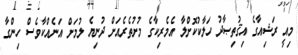
މިއީ ރަޝިއާގެ އިޤުތިޞާދު ހަލާކުކޮށްލާ އެމެރިކާގެ މުށުތެރެއަށް ދުނިޔެ ލުމަށް އަނެއްކާވެސް ހިންގާ